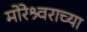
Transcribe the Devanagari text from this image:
मोरेश्र्वराच्या